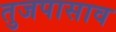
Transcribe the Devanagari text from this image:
तुजपासाव